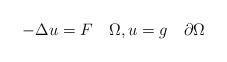
LaTeX: \begin{align*}-\Delta u = F \quad\Omega ,u=g\quad\partial\Omega\end{align*}